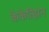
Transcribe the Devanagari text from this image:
केकेत्झिन